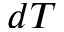
d T